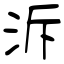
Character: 泝